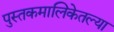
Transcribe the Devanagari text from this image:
पुस्तकमालिकेतल्या